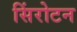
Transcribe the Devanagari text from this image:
सिंरोटन